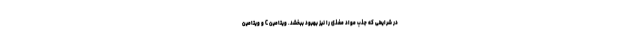
در شرایطی که جذب مواد مغذی را نیز بهبود ببخشد. ویتامین C و ویتامین